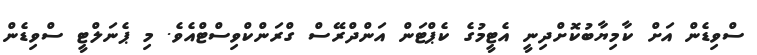
ސްވިޑެން އަށް ކާމިޔާބުކޮށްދިނީ އެޓީމުގެ ކެޕްޓަން އަންދްރޭސް ގްރަންކްވިސްޓްއެވެ. މި ޕެނަލްޓީ ސްވިޑެން